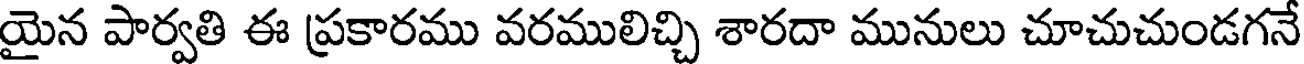
యైన పార్వతి ఈ ప్రకారము వరములిచ్చి శారదా మునులు చూచుచుండగనే